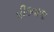
પીઠવાળા